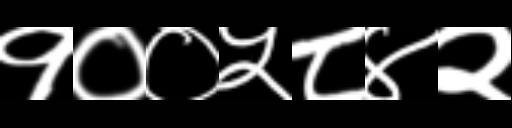
Text: १००५८४२